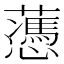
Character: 𧂋